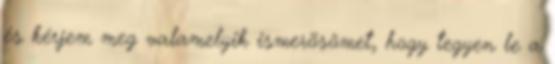
és kérjem meg valamelyik ismerõsömet, hogy tegyen le a